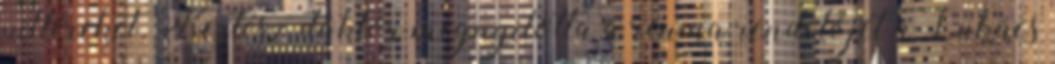
pilléreket. Kertész doktor megnyitotta a reuma rendelőjét a Lukács